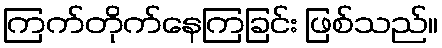
ကြက်တိုက်နေကြခြင်း ဖြစ်သည်။